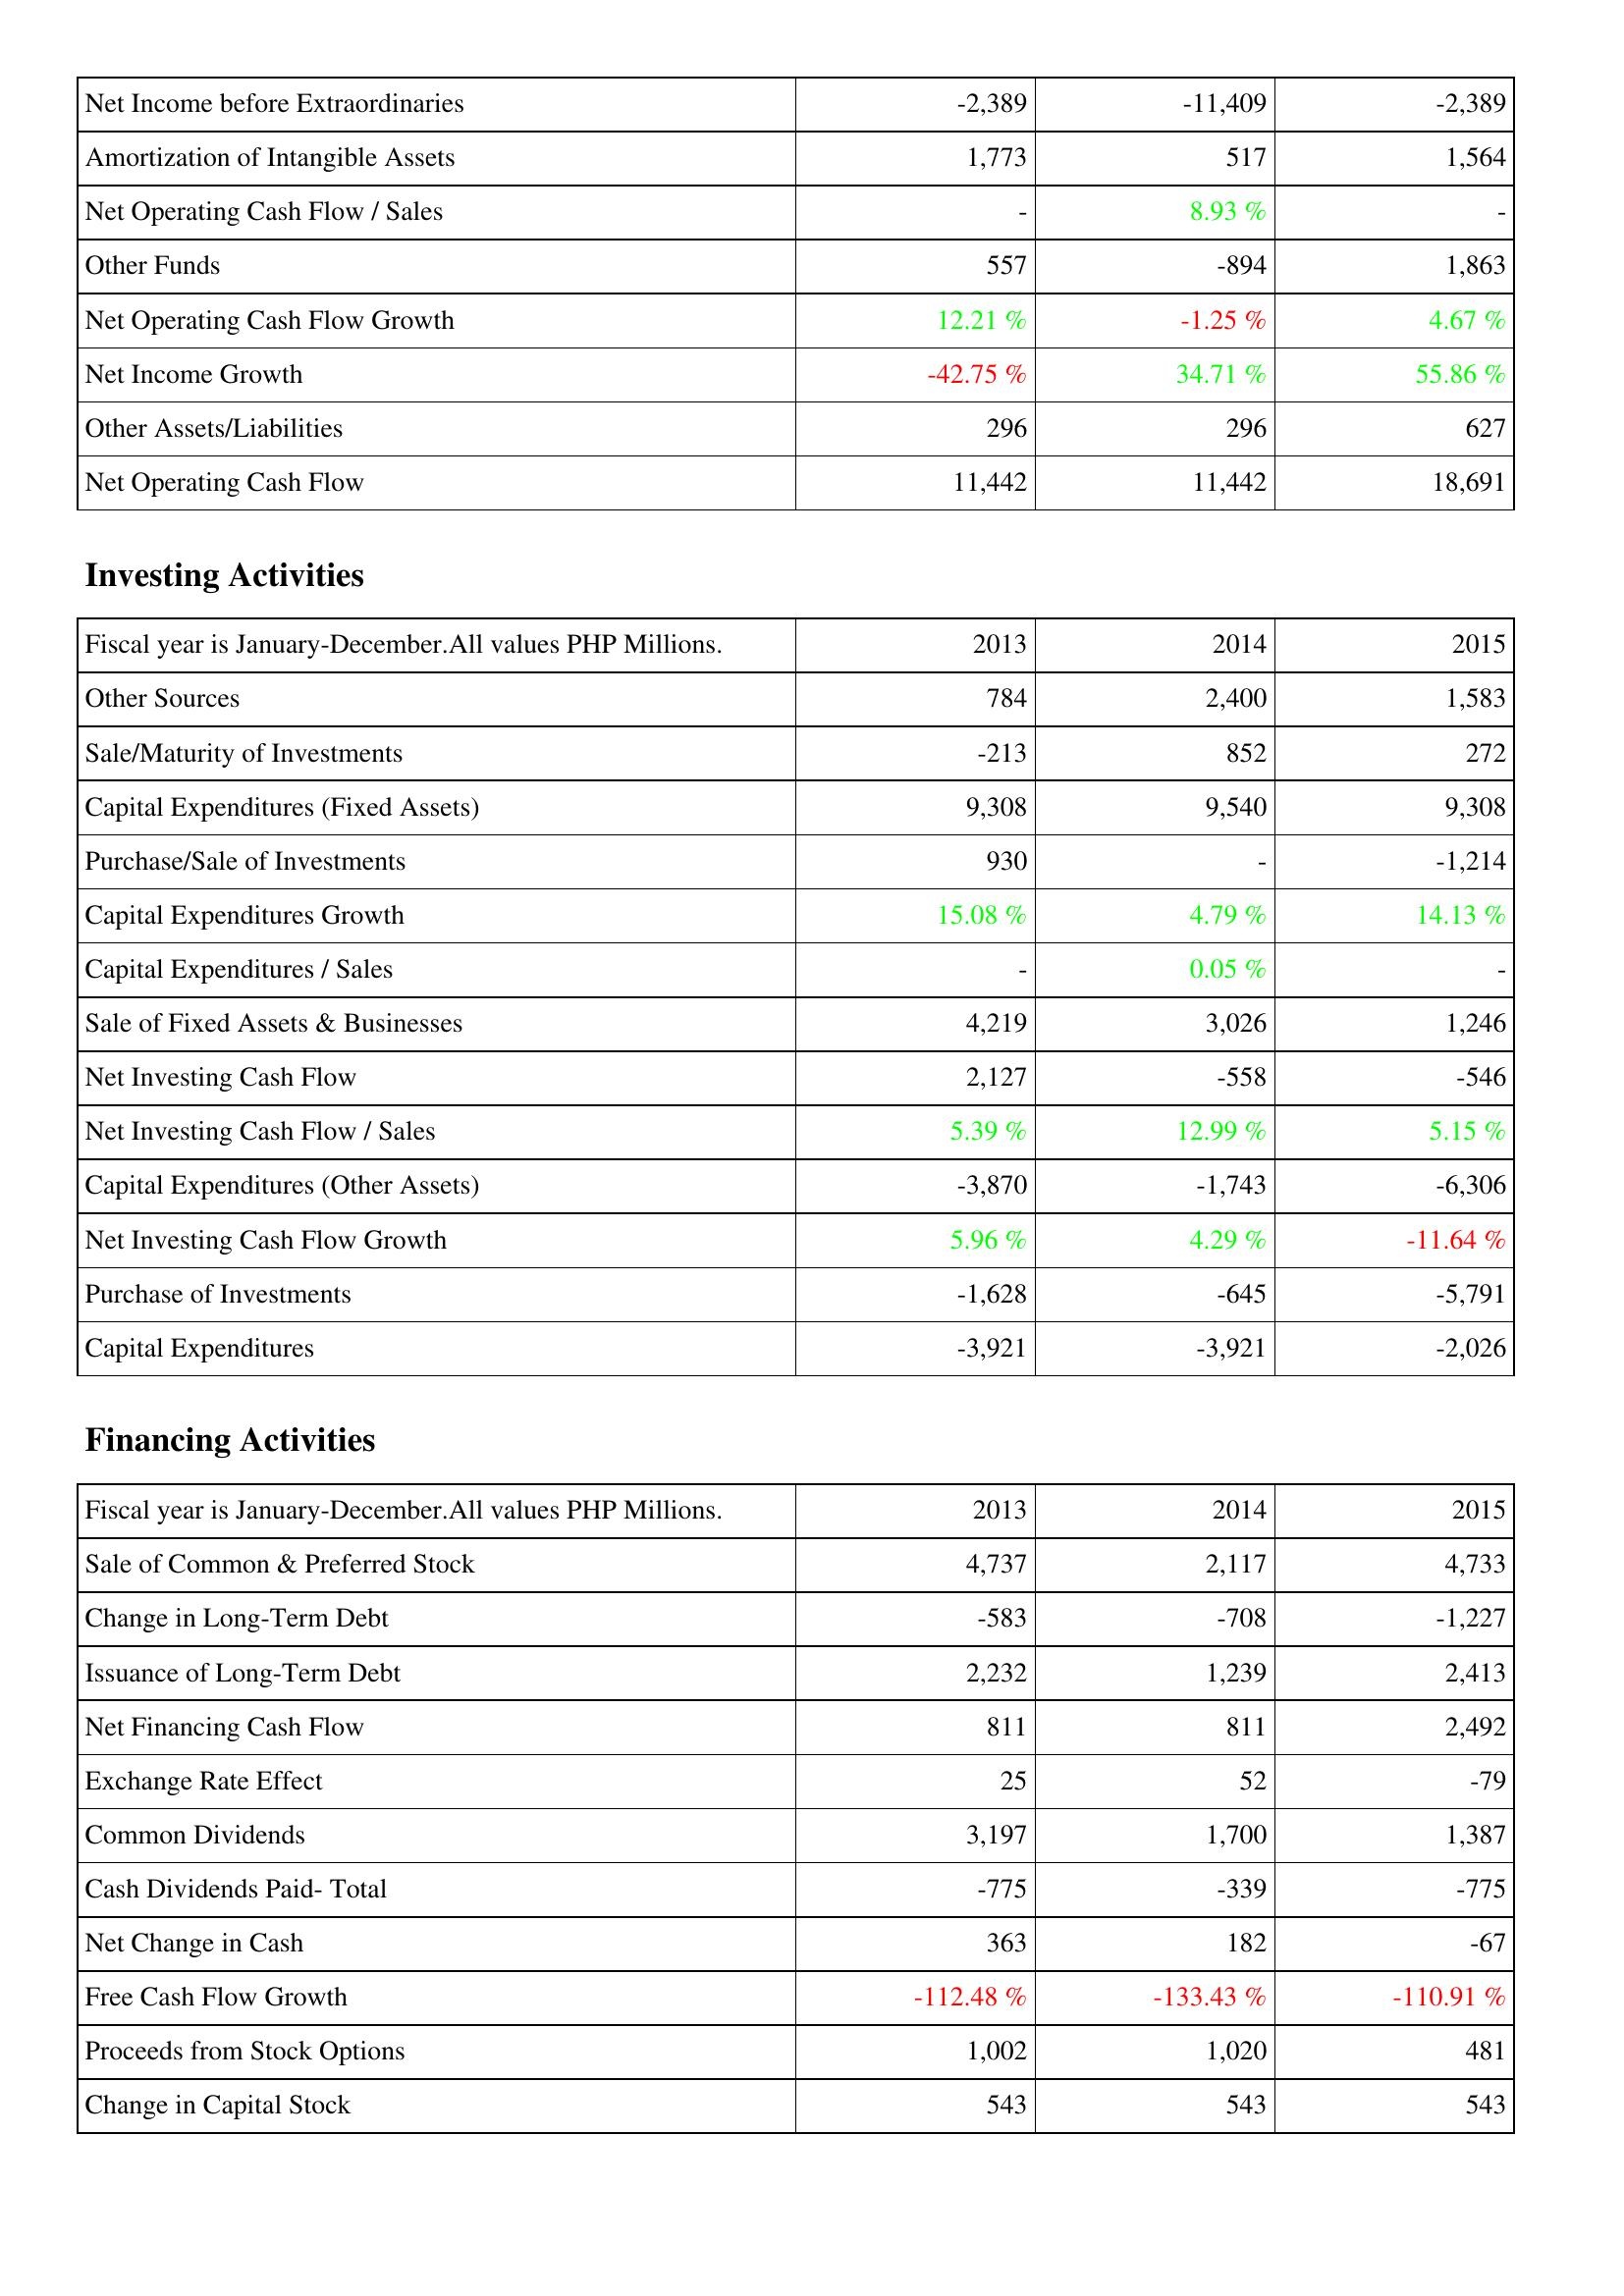
2013: Operating Activities: Net Income before Extraordinaries: -2,389
Amortization of Intangible Assets: 1,773
Net Operating Cash Flow / Sales: -
Other Funds: 557
Net Operating Cash Flow Growth: 12.21 %
Net Income Growth: -42.75 %
Other Assets/Liabilities: 296
Net Operating Cash Flow: 11,442
Investing Activities: Other Sources: 784
Sale/Maturity of Investments: -213
Capital Expenditures (Fixed Assets): 9,308
Purchase/Sale of Investments: 930
Capital Expenditures Growth: 15.08 %
Capital Expenditures / Sales: -
Sale of Fixed Assets & Businesses: 4,219
Net Investing Cash Flow: 2,127
Net Investing Cash Flow / Sales: 5.39 %
Capital Expenditures (Other Assets): -3,870
Net Investing Cash Flow Growth: 5.96 %
Purchase of Investments: -1,628
Capital Expenditures: -3,921
Financing Activities: Sale of Common & Preferred Stock: 4,737
Change in Long-Term Debt: -583
Issuance of Long-Term Debt: 2,232
Net Financing Cash Flow: 811
Exchange Rate Effect: 25
Common Dividends: 3,197
Cash Dividends Paid- Total: -775
Net Change in Cash: 363
Free Cash Flow Growth: -112.48 %
Proceeds from Stock Options: 1,002
Change in Capital Stock: 543
2014: Operating Activities: Net Income before Extraordinaries: -11,409
Amortization of Intangible Assets: 517
Net Operating Cash Flow / Sales: 8.93 %
Other Funds: -894
Net Operating Cash Flow Growth: -1.25 %
Net Income Growth: 34.71 %
Other Assets/Liabilities: 296
Net Operating Cash Flow: 11,442
Investing Activities: Other Sources: 2,400
Sale/Maturity of Investments: 852
Capital Expenditures (Fixed Assets): 9,540
Purchase/Sale of Investments: -
Capital Expenditures Growth: 4.79 %
Capital Expenditures / Sales: 0.05 %
Sale of Fixed Assets & Businesses: 3,026
Net Investing Cash Flow: -558
Net Investing Cash Flow / Sales: 12.99 %
Capital Expenditures (Other Assets): -1,743
Net Investing Cash Flow Growth: 4.29 %
Purchase of Investments: -645
Capital Expenditures: -3,921
Financing Activities: Sale of Common & Preferred Stock: 2,117
Change in Long-Term Debt: -708
Issuance of Long-Term Debt: 1,239
Net Financing Cash Flow: 811
Exchange Rate Effect: 52
Common Dividends: 1,700
Cash Dividends Paid- Total: -339
Net Change in Cash: 182
Free Cash Flow Growth: -133.43 %
Proceeds from Stock Options: 1,020
Change in Capital Stock: 543
2015: Operating Activities: Net Income before Extraordinaries: -2,389
Amortization of Intangible Assets: 1,564
Net Operating Cash Flow / Sales: -
Other Funds: 1,863
Net Operating Cash Flow Growth: 4.67 %
Net Income Growth: 55.86 %
Other Assets/Liabilities: 627
Net Operating Cash Flow: 18,691
Investing Activities: Other Sources: 1,583
Sale/Maturity of Investments: 272
Capital Expenditures (Fixed Assets): 9,308
Purchase/Sale of Investments: -1,214
Capital Expenditures Growth: 14.13 %
Capital Expenditures / Sales: -
Sale of Fixed Assets & Businesses: 1,246
Net Investing Cash Flow: -546
Net Investing Cash Flow / Sales: 5.15 %
Capital Expenditures (Other Assets): -6,306
Net Investing Cash Flow Growth: -11.64 %
Purchase of Investments: -5,791
Capital Expenditures: -2,026
Financing Activities: Sale of Common & Preferred Stock: 4,733
Change in Long-Term Debt: -1,227
Issuance of Long-Term Debt: 2,413
Net Financing Cash Flow: 2,492
Exchange Rate Effect: -79
Common Dividends: 1,387
Cash Dividends Paid- Total: -775
Net Change in Cash: -67
Free Cash Flow Growth: -110.91 %
Proceeds from Stock Options: 481
Change in Capital Stock: 543